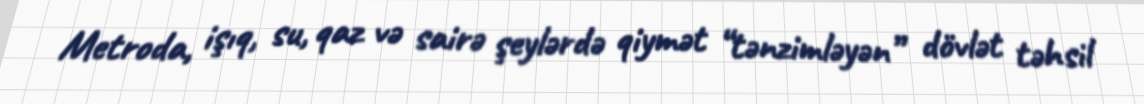
Metroda, işıq, su, qaz və sairə şeylərdə qiymət “tənzimləyən” dövlət təhsil